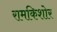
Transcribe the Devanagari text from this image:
रामकिशोर